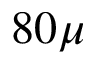
8 0 \mu